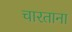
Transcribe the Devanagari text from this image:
चारताना